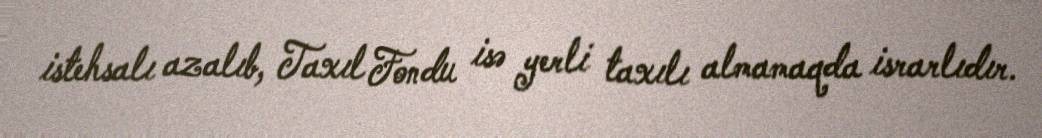
istehsalı azalıb, Taxıl Fondu isə yerli taxılı almamaqda israrlıdır.